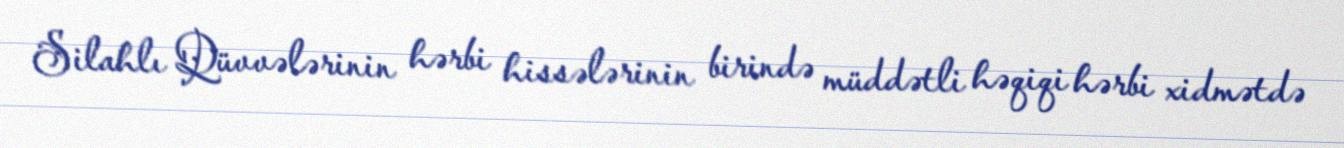
Silahlı Qüvvələrinin hərbi hissələrinin birində müddətli həqiqi hərbi xidmətdə